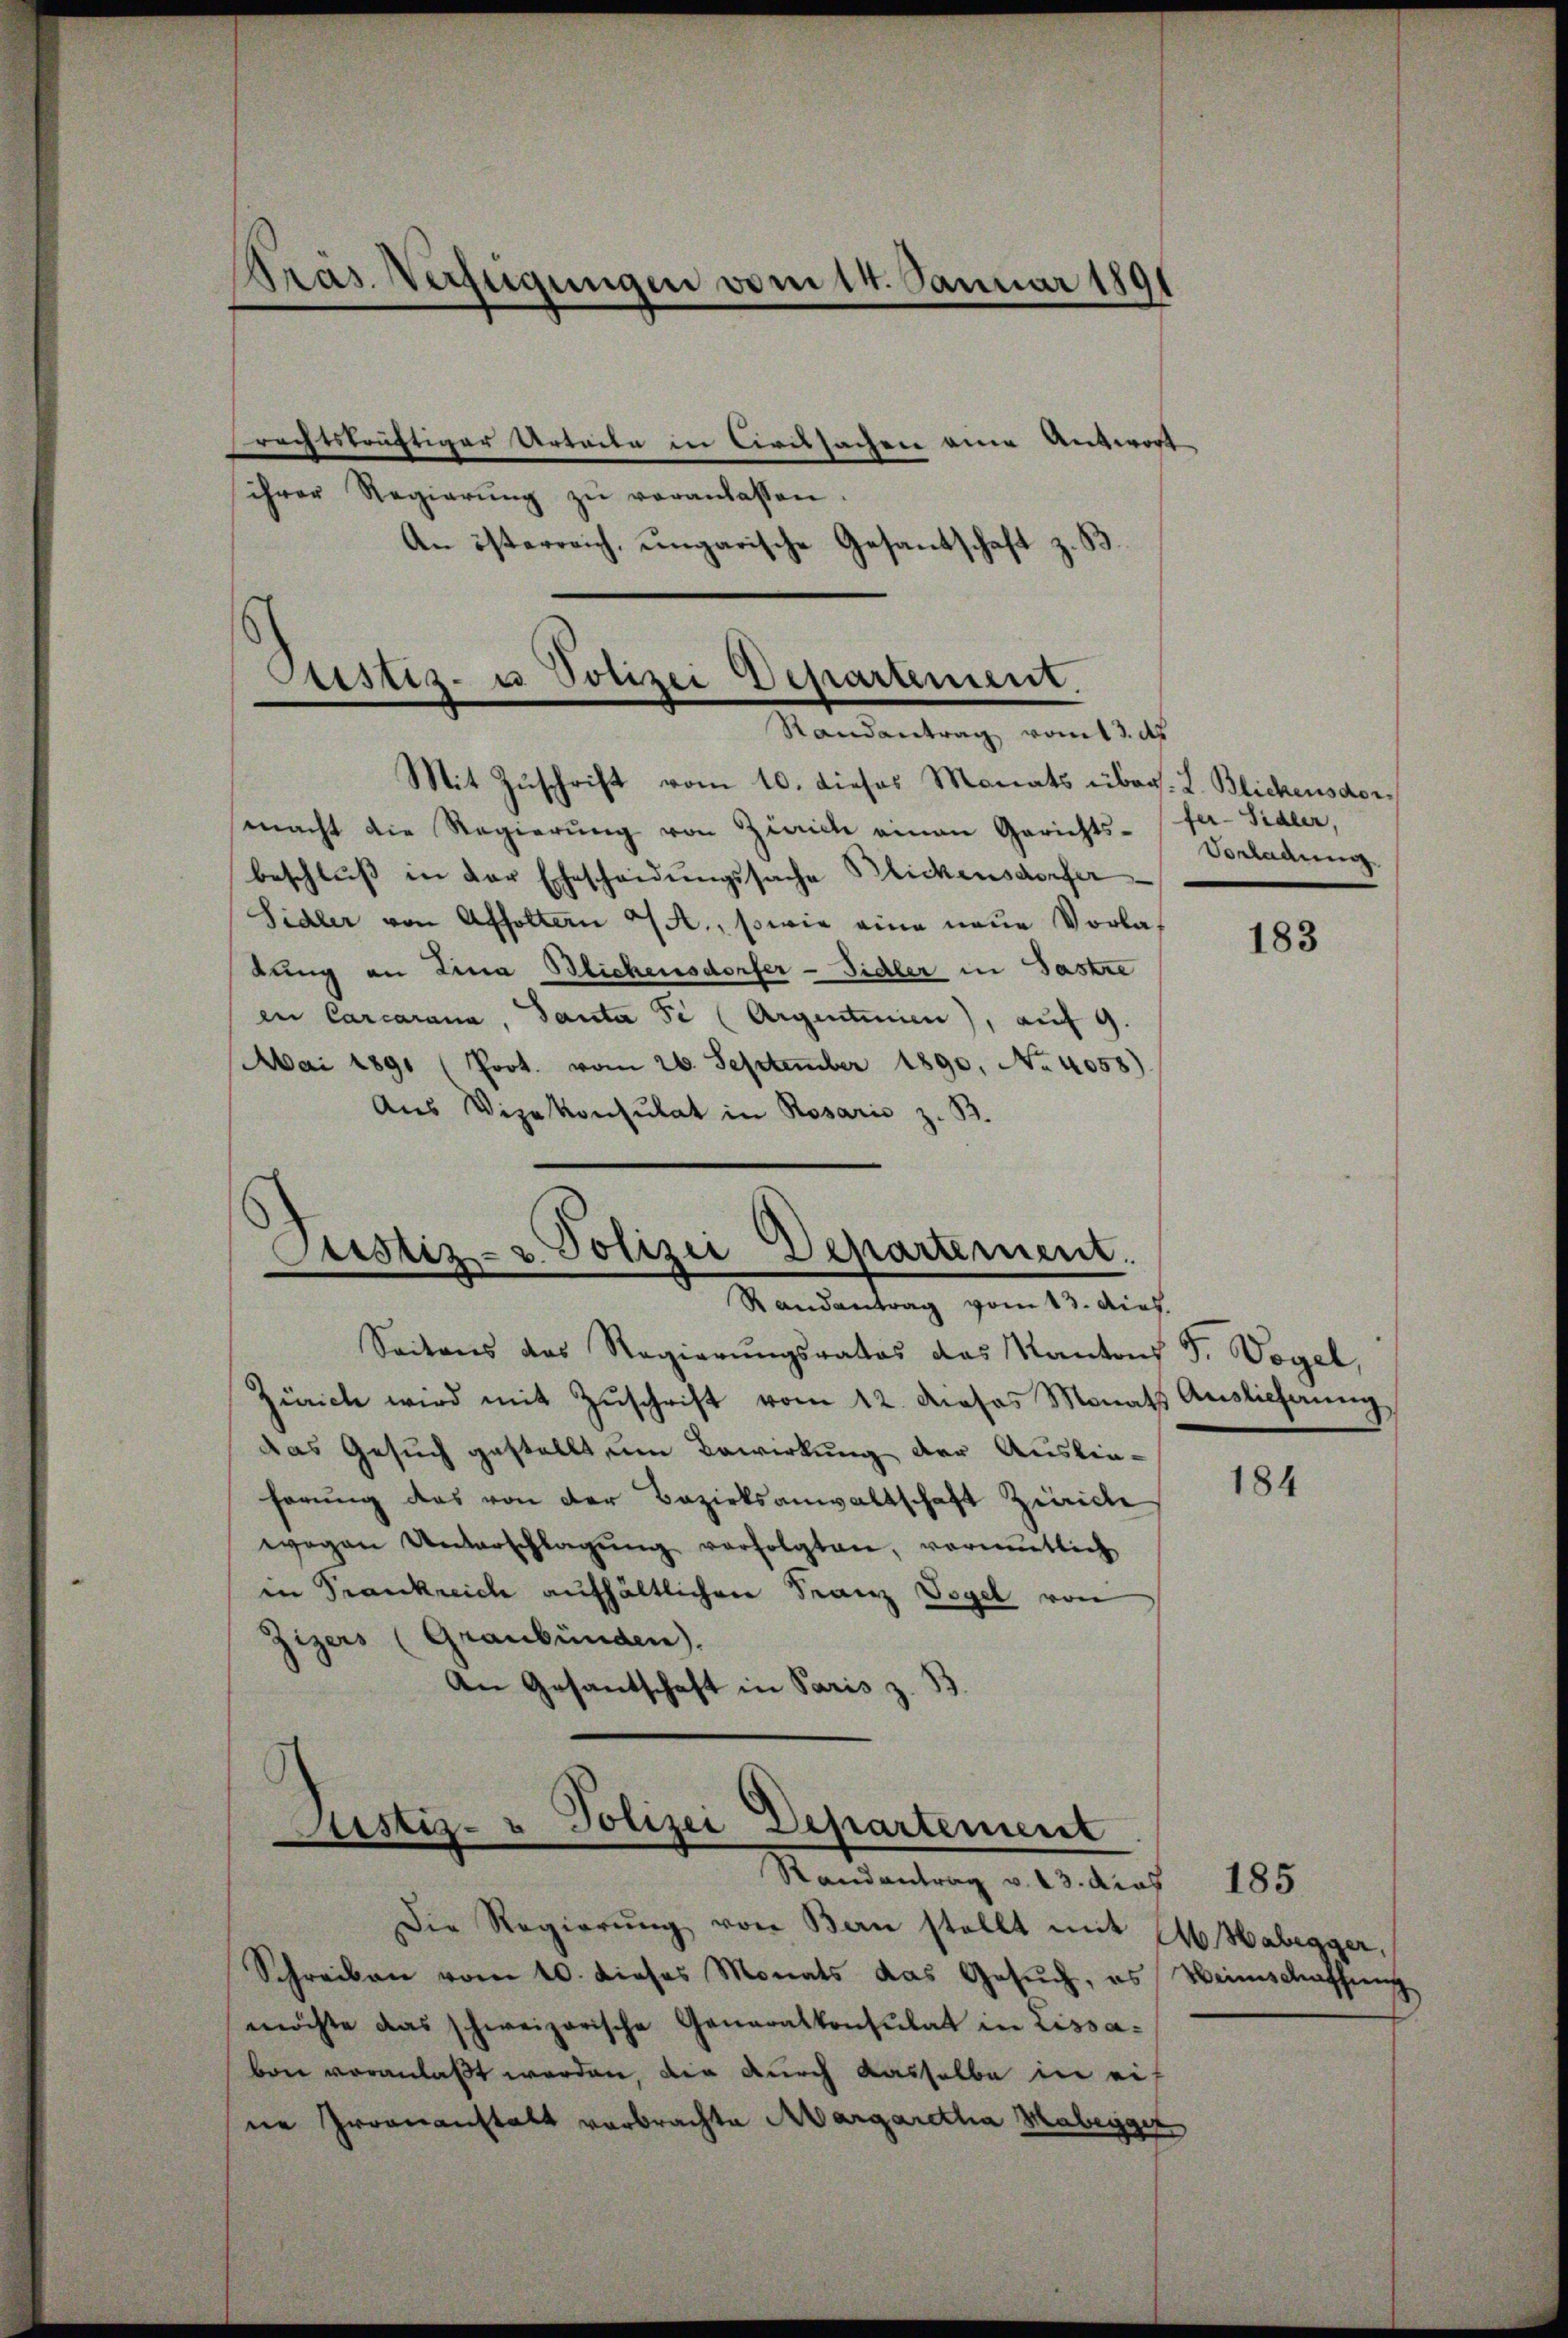
Präs. Verfügungen vom 14. Januar 1891

Gustiz- u Polizei Departement.
Randantrag vom 13. ds
Mit Zuschrift vom 10. dieses Monats über. L. Blickensdor¬

Justiz- u. Polizei Departement.
Randantrag vom 13. dich.

Randantrag v. 23. dies 185

rechtskräftiger Urteile in Civilsachen eine Antwort
ihrer Regierŭng zŭ veranlassen.
An österreich, ungarische Gesandschaft z. B.

macht die Regierung von Zürich einen Gerichts- fer-Sidler,
beschluss in der Ehescheidungssache Blickensdorfer
Sidler von Affoltern a/A., sowie eine neue Vorladung an Lina Blichensdorfer-Fidler in Gastre
en Carcarana, Panta se (Argentinien), auf 9.
Mai 1891 (Prot. vom 26. September 1890, No. 4058).
Aus Vizekonsulat in Rosaris z. B.

Seitens das Regierŭngsrates das Kantons F. Vogel,
Zürich wird mit Zŭschrift vom 12. dass Monats Auslieferung
das Gesuch gestellt, um Bewirkung der Ausliehörung das von der Bezirksanwaltschaft Zürich
wegen Unterschlagŭng verfolgten, vormutlich
in Frankreich aufhältlichen Franz Vogel von
Zizers (Graubünden).
An Gesantschaft in Paris z. B.
Justiz- u Polizei Departement

Vorladung

Die Regierŭng von Bern stellt mit 24 Habegger,
Schreiben vom 10. dieses Monats das Gesŭch, es Weinschaffŭng
möchte das schweizerische Generalkonsulat in Lissa-
ben veranlaßt werden, die durch dasselbe in eine Irrenanstalt verbrachte Margaretha Maleggen

183

184